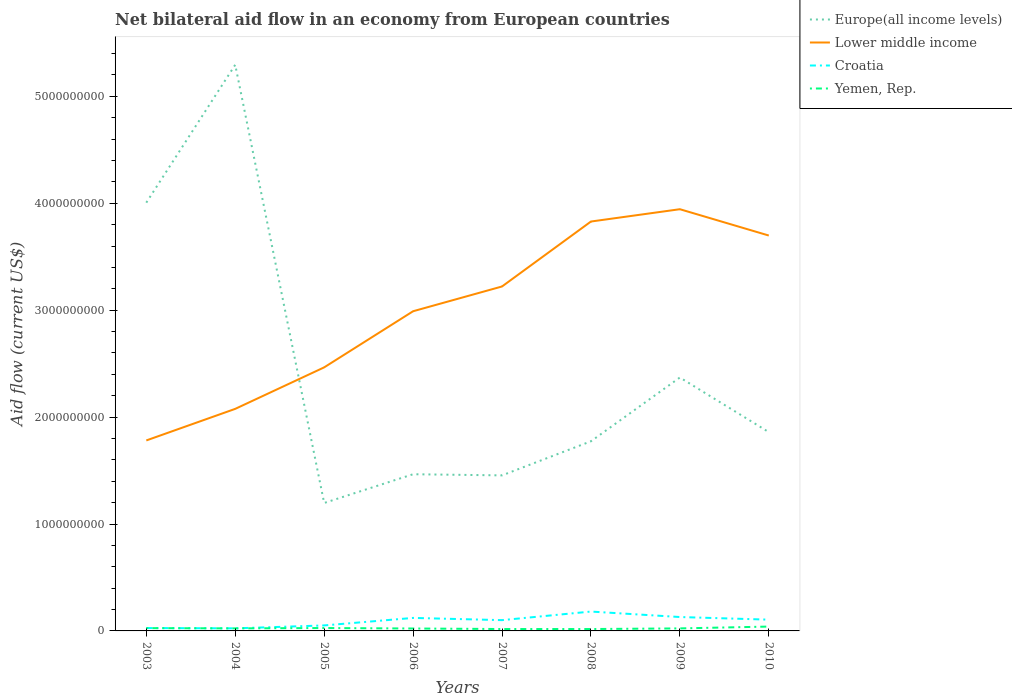
| Years | Europe(all income levels) | Lower middle income | Croatia | Yemen, Rep. |
 | --- | --- | --- | --- | --- |
 | 2003 | 4.01e+09 | 1.78e+09 | 2.69e+07 | 2.62e+07 |
 | 2004 | 5.29e+09 | 2.08e+09 | 2.41e+07 | 2.38e+07 |
 | 2005 | 1.2e+09 | 2.46e+09 | 5.14e+07 | 2.70e+07 |
 | 2006 | 1.47e+09 | 2.99e+09 | 1.22e+08 | 2.27e+07 |
 | 2007 | 1.45e+09 | 3.22e+09 | 1.01e+08 | 1.77e+07 |
 | 2008 | 1.77e+09 | 3.83e+09 | 1.81e+08 | 1.77e+07 |
 | 2009 | 2.37e+09 | 3.94e+09 | 1.3e+08 | 2.36e+07 |
 | 2010 | 1.86e+09 | 3.7e+09 | 1.05e+08 | 4.07e+07 |